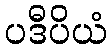
ပဒီပိယံ